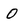
Character: o